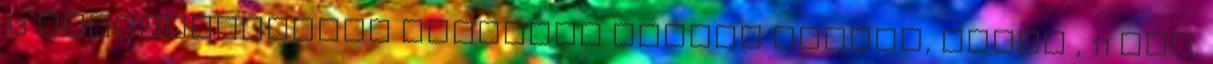
13 négyzetméteres toldalék épület tároló, mosdó , 11 nég.